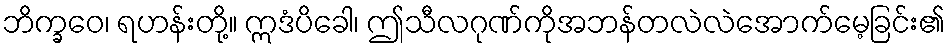
ဘိက္ခဝေ၊ ရဟန်းတို့။ ဣဒံပိခေါ၊ ဤသီလဂုဏ်ကိုအဘန်တလဲလဲအောက်မေ့ခြင်း၏